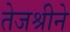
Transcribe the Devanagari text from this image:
तेजश्रीने